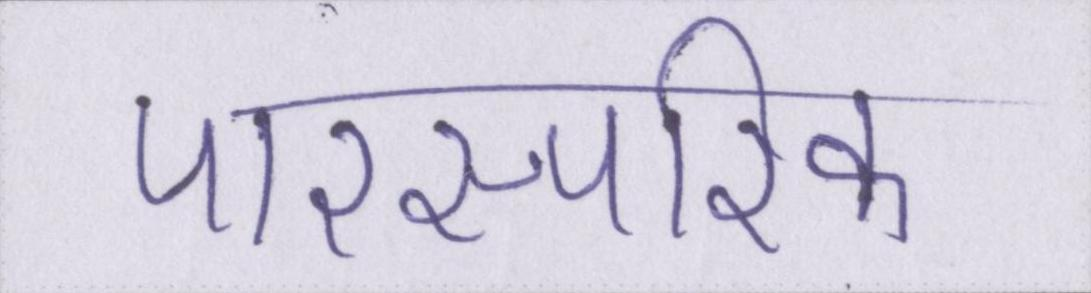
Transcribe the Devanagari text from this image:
पारस्परिक